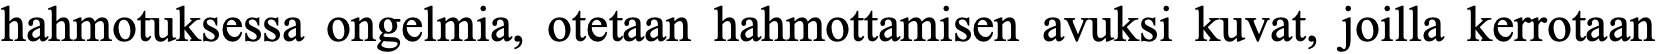
hahmotuksessa ongelmia, otetaan hahmottamisen avuksi kuvat, joilla kerrotaan